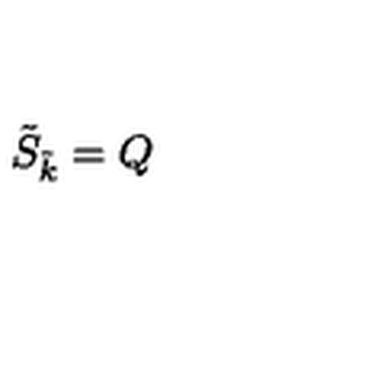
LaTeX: \tilde { S } _ { \tilde { k } } = Q